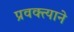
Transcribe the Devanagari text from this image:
प्रवक्त्याने